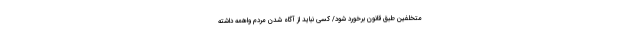
متخلفین طبق قانون برخورد شود/ کسی نباید از آگاه شدن مردم واهمه داشته